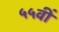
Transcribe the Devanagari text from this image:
५५वीं